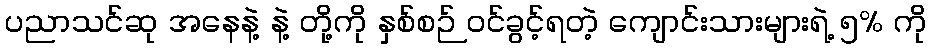
ပညာသင်ဆု အနေနဲ့ နဲ့ တို့ကို နှစ်စဉ် ဝင်ခွင့်ရတဲ့ ကျောင်းသားများရဲ့ ၅% ကို